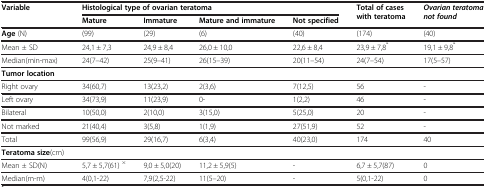
<table><thead><tr><td rowspan="2"><b>Variable</b></td><td colspan="4"><b>Histological type of ovarian teratoma</b></td><td rowspan="2"><b>Total of cases with teratoma</b></td><td rowspan="2"><b><i>Ovarian teratoma not found</i></b></td></tr><tr><td><b>Mature</b></td><td><b>Immature</b></td><td><b>Mature and immature</b></td><td><b>Not specified</b></td></tr></thead><tbody><tr><td><b>Age</b> (N)</td><td>(99)</td><td>(29)</td><td>(6)</td><td>(40)</td><td>(174)</td><td>(40)</td></tr><tr><td>Mean ± SD</td><td>24,1 ± 7,3</td><td>24,9 ± 8,4</td><td>26,0 ± 10,0</td><td>22,6 ± 8,4</td><td>23,9 ± 7,8<sup>*</sup></td><td>19,1 ± 9,8<sup>*</sup></td></tr><tr><td>Median(min-max)</td><td>24(7–42)</td><td>25(9–41)</td><td>26(15–39)</td><td>20(11–54)</td><td>24(7–54)</td><td>17(5–57)</td></tr><tr><td><b>Tumor location</b></td><td></td><td></td><td></td><td></td><td></td><td></td></tr><tr><td>Right ovary</td><td>34(60,7)</td><td>13(23,2)</td><td>2(3,6)</td><td>7(12,5)</td><td>56</td><td>-</td></tr><tr><td>Left ovary</td><td>34(73,9)</td><td>11(23,9)</td><td>0-</td><td>1(2,2)</td><td>46</td><td>-</td></tr><tr><td>Bilateral</td><td>10(50,0)</td><td>2(10,0)</td><td>3(15,0)</td><td>5(25,0)</td><td>20</td><td>-</td></tr><tr><td>Not marked</td><td>21(40,4)</td><td>3(5,8)</td><td>1(1,9)</td><td>27(51,9)</td><td>52</td><td>-</td></tr><tr><td>Total</td><td>99(56,9)</td><td>29(16,7)</td><td>6(3,4)</td><td>40(23,0)</td><td>174</td><td>40</td></tr><tr><td><b>Teratoma size</b>(cm)</td><td></td><td></td><td></td><td></td><td></td><td></td></tr><tr><td>Mean ± SD(N)</td><td>5,7 ± 5,7(61) <sup>×</sup></td><td>9,0 ± 5,0(20)</td><td>11,2 ± 5,9(5)</td><td>-</td><td>6,7 ± 5,7(87)</td><td>0</td></tr><tr><td>Median(m-m)</td><td>4(0,1-22)</td><td>7,9(2,5-22)</td><td>11(5–20)</td><td>-</td><td>5(0,1-22)</td><td>0</td></tr></tbody></table>